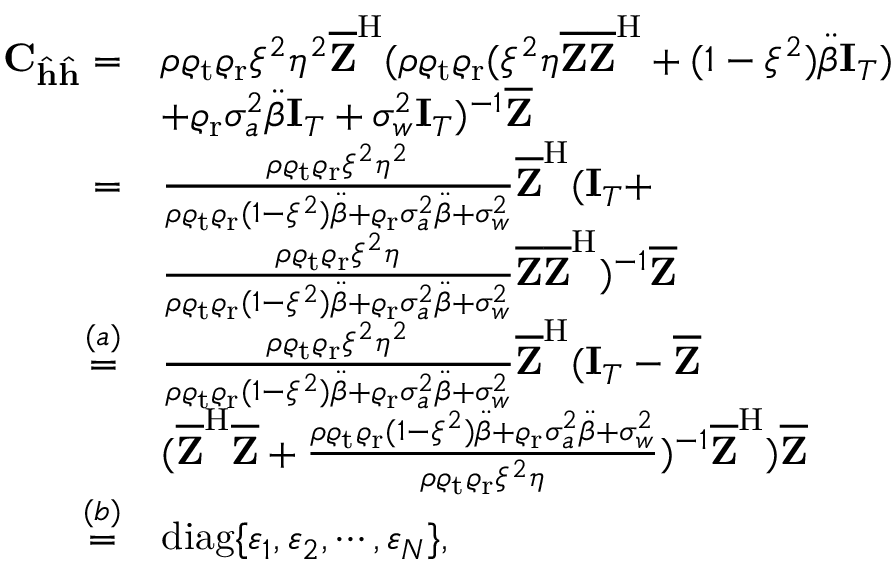
\begin{array} { r l } { \mathbf { C } _ { \hat { \mathbf { h } } \hat { \mathbf { h } } } = } & { \rho \varrho _ { \mathrm { t } } \varrho _ { \mathrm { r } } \xi ^ { 2 } \eta ^ { 2 } \overline { { \mathbf { Z } } } ^ { \mathrm { H } } ( \rho \varrho _ { \mathrm { t } } \varrho _ { \mathrm { r } } ( \xi ^ { 2 } \eta \overline { { \mathbf { Z } } } \overline { { \mathbf { Z } } } ^ { \mathrm { H } } + ( 1 - \xi ^ { 2 } ) \ddot { \beta } \mathbf { I } _ { T } ) } \\ & { + \varrho _ { \mathrm { r } } \sigma _ { a } ^ { 2 } \ddot { \beta } \mathbf { I } _ { T } + \sigma _ { w } ^ { 2 } \mathbf { I } _ { T } ) ^ { - 1 } \overline { { \mathbf { Z } } } } \\ { = } & { \frac { \rho \varrho _ { \mathrm { t } } \varrho _ { \mathrm { r } } \xi ^ { 2 } \eta ^ { 2 } } { \rho \varrho _ { \mathrm { t } } \varrho _ { \mathrm { r } } ( 1 - \xi ^ { 2 } ) \ddot { \beta } + \varrho _ { \mathrm { r } } \sigma _ { a } ^ { 2 } \ddot { \beta } + \sigma _ { w } ^ { 2 } } \overline { { \mathbf { Z } } } ^ { \mathrm { H } } ( \mathbf { I } _ { T } + } \\ & { \frac { \rho \varrho _ { \mathrm { t } } \varrho _ { \mathrm { r } } \xi ^ { 2 } \eta } { \rho \varrho _ { \mathrm { t } } \varrho _ { \mathrm { r } } ( 1 - \xi ^ { 2 } ) \ddot { \beta } + \varrho _ { \mathrm { r } } \sigma _ { a } ^ { 2 } \ddot { \beta } + \sigma _ { w } ^ { 2 } } \overline { { \mathbf { Z } } } \overline { { \mathbf { Z } } } ^ { \mathrm { H } } ) ^ { - 1 } \overline { { \mathbf { Z } } } } \\ { \overset { ( a ) } { = } } & { \frac { \rho \varrho _ { \mathrm { t } } \varrho _ { \mathrm { r } } \xi ^ { 2 } \eta ^ { 2 } } { \rho \varrho _ { \mathrm { t } } \varrho _ { \mathrm { r } } ( 1 - \xi ^ { 2 } ) \ddot { \beta } + \varrho _ { \mathrm { r } } \sigma _ { a } ^ { 2 } \ddot { \beta } + \sigma _ { w } ^ { 2 } } \overline { { \mathbf { Z } } } ^ { \mathrm { H } } ( \mathbf { I } _ { T } - \overline { { \mathbf { Z } } } } \\ & { ( \overline { { \mathbf { Z } } } ^ { \mathrm { H } } \overline { { \mathbf { Z } } } + \frac { \rho \varrho _ { \mathrm { t } } \varrho _ { \mathrm { r } } ( 1 - \xi ^ { 2 } ) \ddot { \beta } + \varrho _ { \mathrm { r } } \sigma _ { a } ^ { 2 } \ddot { \beta } + \sigma _ { w } ^ { 2 } } { \rho \varrho _ { \mathrm { t } } \varrho _ { \mathrm { r } } \xi ^ { 2 } \eta } ) ^ { - 1 } \overline { { \mathbf { Z } } } ^ { \mathrm { H } } ) \overline { { \mathbf { Z } } } } \\ { \overset { ( b ) } { = } } & { \mathrm { d i a g } \{ \varepsilon _ { 1 } , \varepsilon _ { 2 } , \cdots , \varepsilon _ { N } \} , } \end{array}